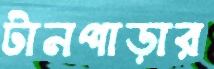
টানপাড়ার